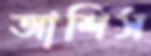
আশিস